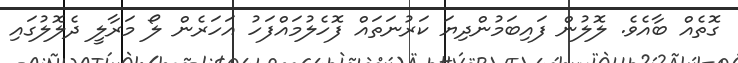
ގޮތެއް ބާއެވެ. ލޮލުން ފައިބަމުންދިޔަ ކަރުނަތައް ފޮހެލުމައްފަހު އަހަރެން ލޯ މަރާލީ ދެލޮލުގައި